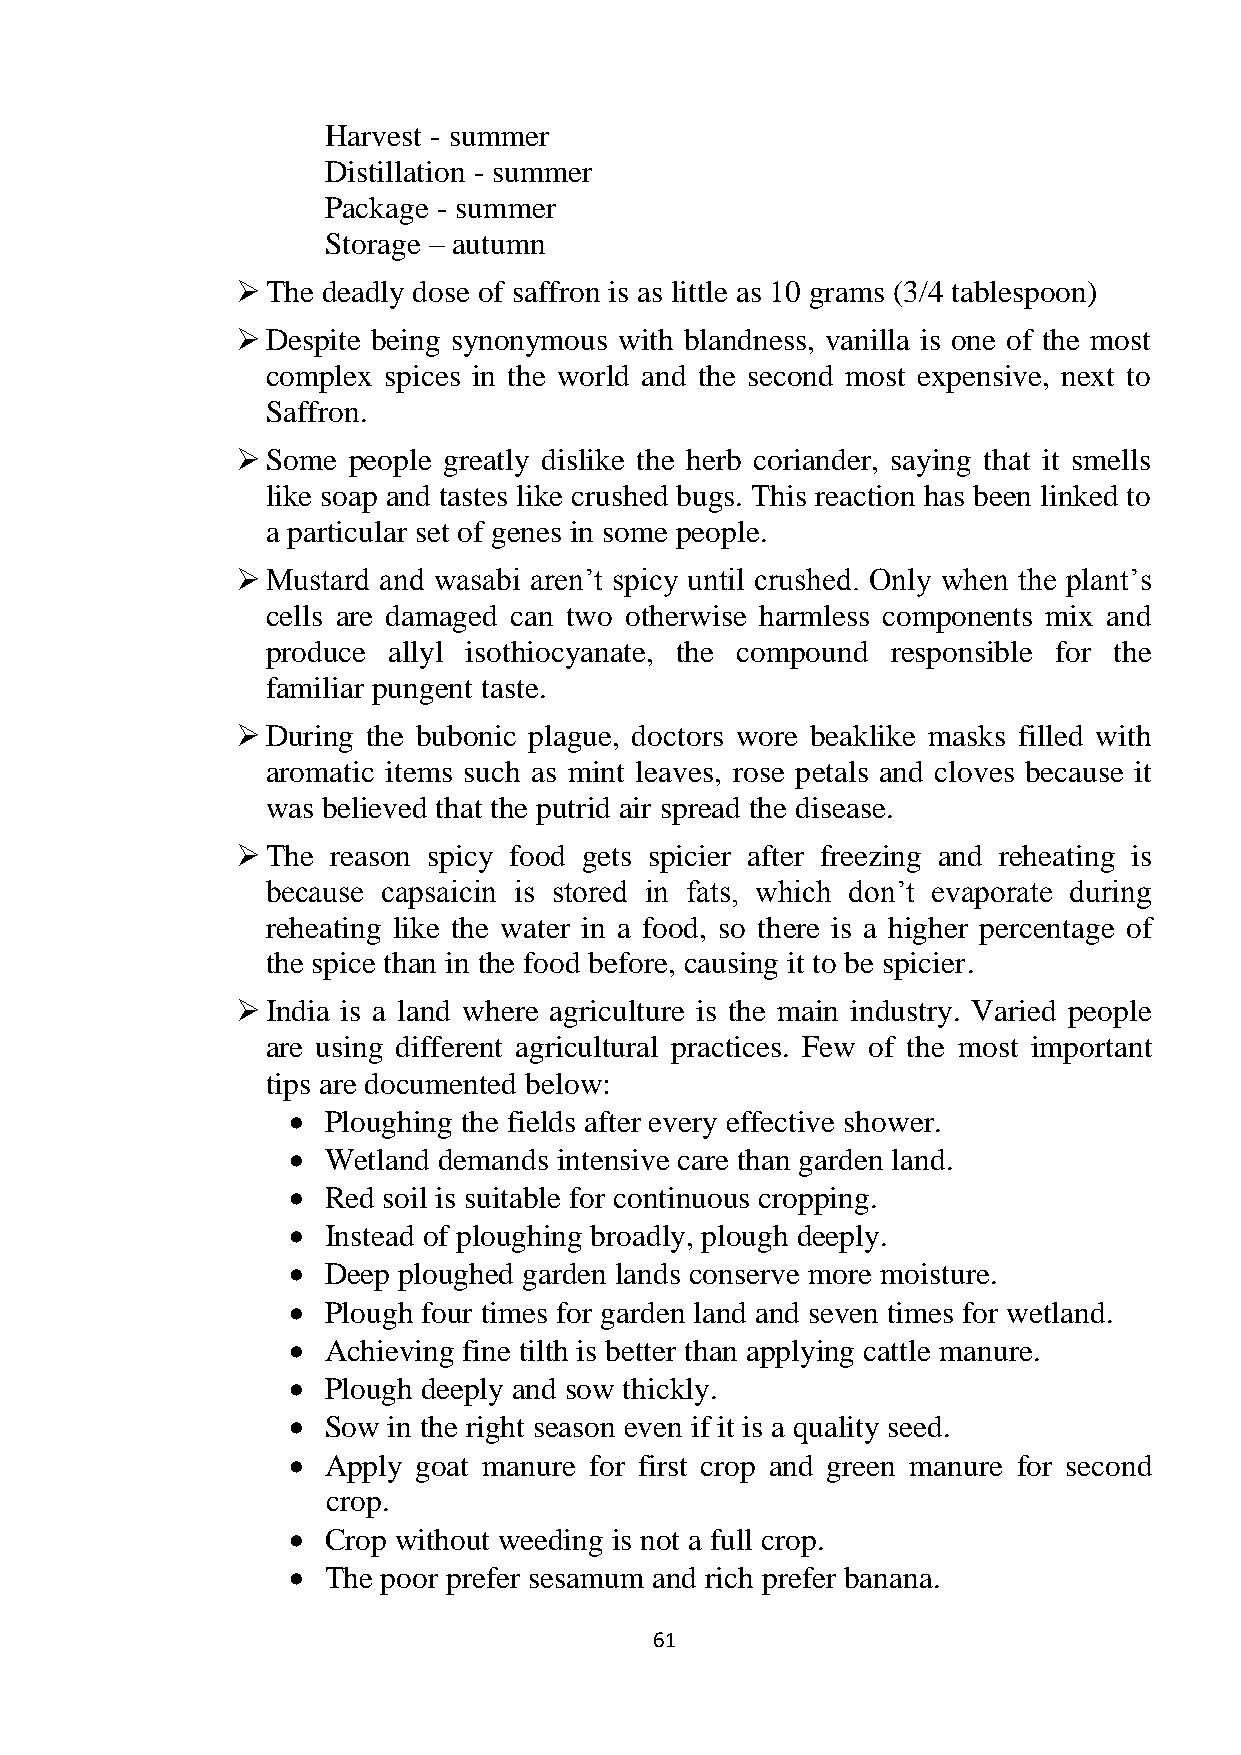
Harvest - summer
 Distillation - summer
 Package - summer
 Storage – autumn
  The deadly dose of saffron is as little as 10 grams (3/4 tablespoon)
  Despite being synonymous with blandness, vanilla is one of the most
 complex spices in the world and the second most expensive, next to
 Saffron.
  Some people greatly dislike the herb coriander, saying that it smells
 like soap and tastes like crushed bugs. This reaction has been linked to
 a particular set of genes in some people.
  Mustard and wasabi aren‘t spicy until crushed. Only when the plant‘s
 cells are damaged can two otherwise harmless components mix and
 produce allyl isothiocyanate, the compound responsible for the
 familiar pungent taste.
  During the bubonic plague, doctors wore beaklike masks filled with
 aromatic items such as mint leaves, rose petals and cloves because it
 was believed that the putrid air spread the disease.
  The reason spicy food gets spicier after freezing and reheating is
 because capsaicin is stored in fats, which don‘t evaporate during
 reheating like the water in a food, so there is a higher percentage of
 the spice than in the food before, causing it to be spicier.
  India is a land where agriculture is the main industry. Varied people
 are using different agricultural practices. Few of the most important
 tips are documented below:
   Ploughing the fields after every effective shower.
   Wetland demands intensive care than garden land.
   Red soil is suitable for continuous cropping.
   Instead of ploughing broadly, plough deeply.
   Deep ploughed garden lands conserve more moisture.
   Plough four times for garden land and seven times for wetland.
   Achieving fine tilth is better than applying cattle manure.
   Plough deeply and sow thickly.
   Sow in the right season even if it is a quality seed.
   Apply goat manure for first crop and green manure for second
 crop.
   Crop without weeding is not a full crop.
   The poor prefer sesamum and rich prefer banana.
 61